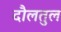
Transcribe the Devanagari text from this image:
दौलतुल